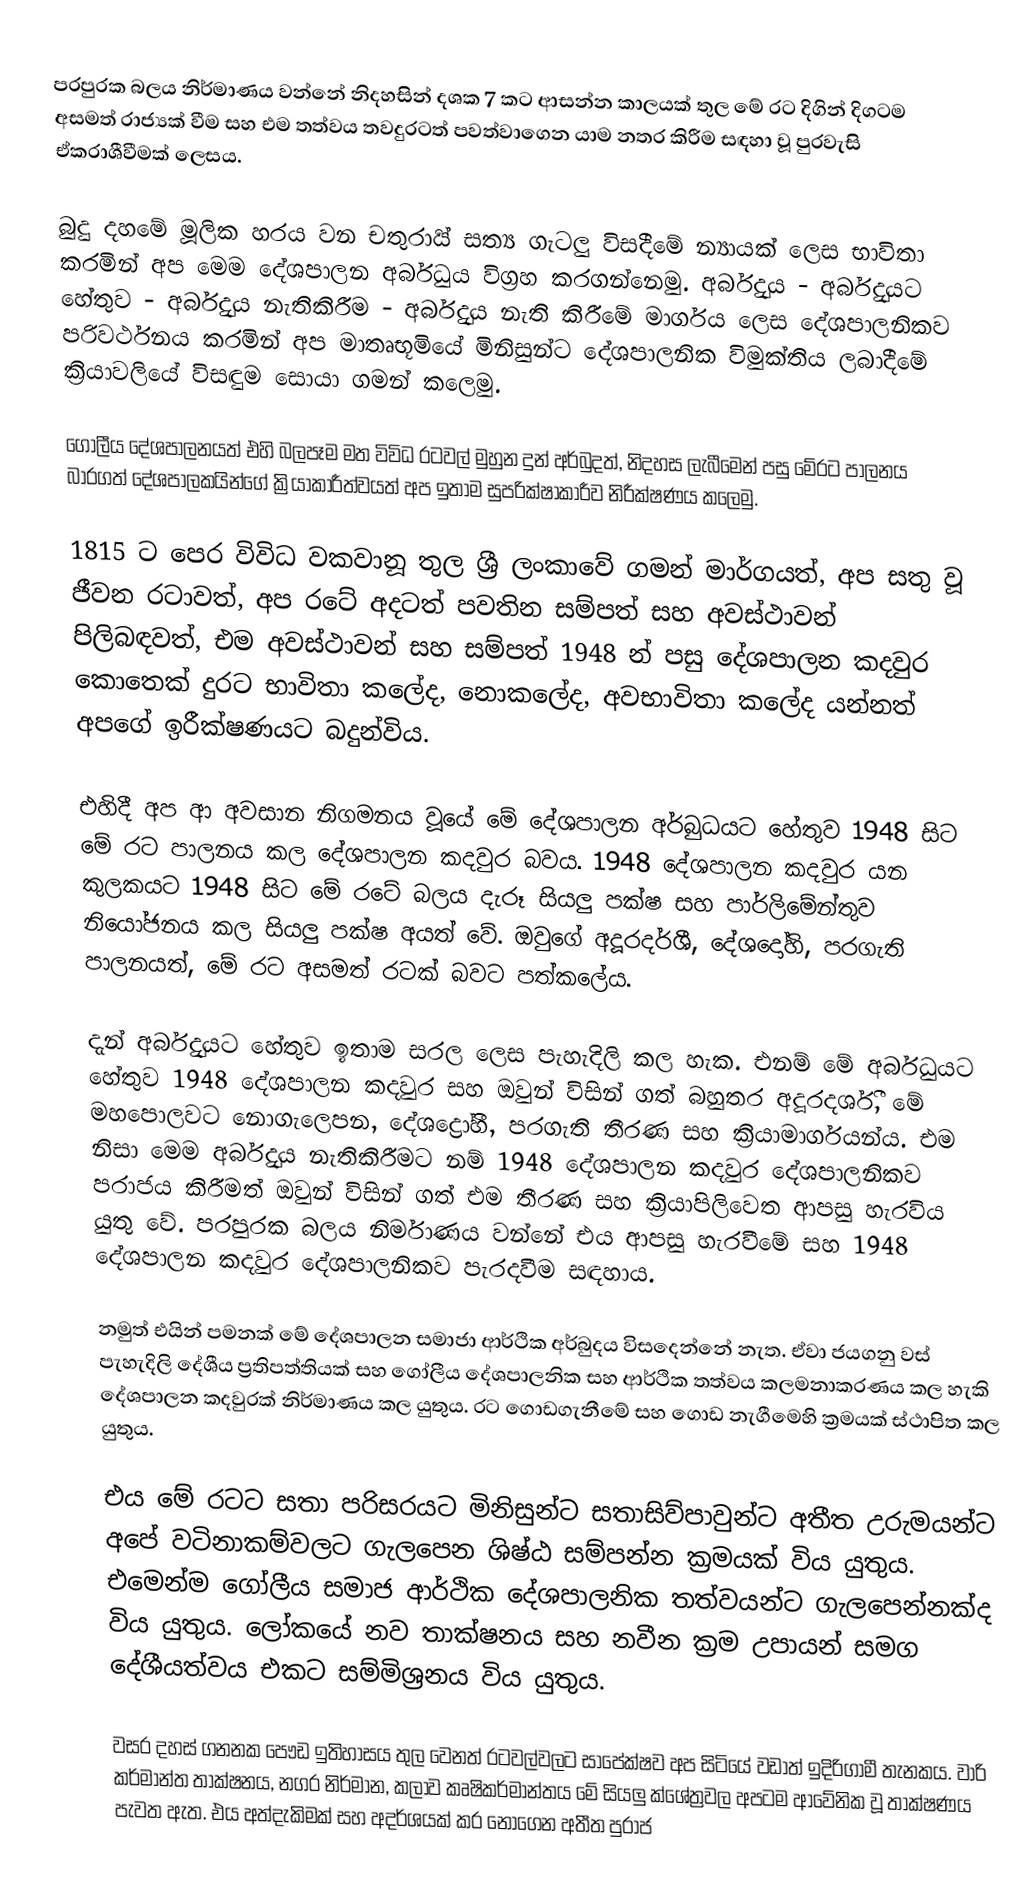
පරපුරක බලය නිර්මාණය වන්නේ නිදහසින් දශක 7 කට ආසන්න කාලයක් තුල මේ රට දිගින් දිගටම අසමත් රාජ්‍යක් වීම සහ එම තත්වය තවදුරටත් පවත්වාගෙන යාම නතර කිරීම සඳහා වූ පුරවැසි ඒකරාශීවීමක් ලෙසය.

බුදු දහමේ මූලික හරය වන චතුරාර්‍ය් සත්‍ය ගැටලු විසදීමේ න්‍යායක් ලෙස භාවිතා කරමින් අප මෙම දේශපාලන අර්බුධය විග්‍රහ කරගන්නෙමු. අර්බුදය - අර්බුදයට හේතුව - අර්බුදය නැතිකිරීම - අර්බුදය නැති කිරීමේ මාර්ගය ලෙස දේශපාලනිකව පරිවර්ථනය කරමින් අප මාතෘභූමියේ මිනිසුන්ට දේශපාලනික විමුක්තිය ලබාදීමේ ක්‍රියාවලියේ විසඳුම සොයා ගමන් කලෙමු.

ගෝලීය දේශපාලනයත් එහි බලපෑම මත විවිධ රටවල් මුහුන දුන් අර්බුදත්, නිදහස ලැබීමෙන් පසු මේරට පාලනය බාරගත් දේශපාලකයින්ගේ ක්‍රියාකාරීත්වයත් අප ඉතාම සුපරික්ෂාකාරීව නිරීක්ෂණය කලෙමු.

1815 ට පෙර විවිධ වකවානූ තුල ශ්‍රී ලංකාවේ ගමන් මාර්ගයත්, අප සතු වූ ජීවන රටාවත්, අප රටේ අදටත් පවතින සම්පත් සහ අවස්ථාවන් පිලිබඳවත්, එම අවස්ථාවන් සහ සම්පත් 1948 න් පසු දේශපාලන කදවුර කොතෙක් දුරට භාවිතා කලේද, නොකලේද, අවභාවිතා කලේද යන්නත් අපගේ ඉරීක්ෂණයට බදුන්විය.

එහිදී අප ආ අවසාන නිගමනය වූයේ මේ දේශපාලන අර්බුධයට හේතුව 1948 සිට මේ රට පාලනය කල දේශපාලන කදවුර බවය. 1948 දේශපාලන කදවුර යන කුලකයට 1948 සිට මේ රටේ බලය දැරූ සියලු පක්ෂ සහ පාර්ලිමේන්තුව නියෝජනය කල සියලු පක්ෂ අයත් වේ. ඔවුගේ අදූරදර්ශී, දේශදෝහි, පරගැති පාලනයත්, මේ රට අසමත් රටක් බවට පත්කලේය.

දැන් අර්බුදයට හේතුව ඉතාම සරල ලෙස පැහැදිලි කල හැක. එනම් මේ අර්බුධයට හේතුව 1948 දේශපාලන කදවුර සහ ඔවුන් විසින් ගත් බහුතර අදූරදර්ශී, මේ මහපොලවට නොගැලෙපන, දේශද්‍රෝහී, පරගැති තීරණ සහ ක්‍රියාමාර්ගයන්ය. එම නිසා මෙම අර්බුදය නැතිකිරීමට නම් 1948 දේශපාලන කදවුර දේශපාලනිකව පරාජය කිරීමත් ඔවුන් විසින් ගත් එම තීරණ සහ ක්‍රියාපිලිවෙත ආපසු හැරවිය යුතු වේ. පරපුරක බලය නිර්මාණය වන්නේ එය ආපසු හැරවීමේ සහ 1948 දේශපාලන කදවුර දේශපාලනිකව පැරදවීම සඳහාය.

නමුත් එයින් පමනක් මේ දේශපාලන සමාජා ආර්ථික අර්බුදය විසදෙන්නේ නැත. ඒවා ජයගනු වස් පැහැදිලි දේශීය ප්‍රතිපත්තියක් සහ ගෝලීය දේශපාලනික සහ ආර්ථික තත්වය කලමනාකරණය කල හැකි දේශපාලන කදවුරක් නිර්මාණය කල යුතුය. රට ගොඩගැනීමේ සහ ගොඩ නැගීමෙහි ක්‍රමයක් ස්ථාපිත කල යුතුය.

එය මේ රටට සතා පරිසරයට මිනිසුන්ට සතාසිව්පාවුන්ට අතීත උරුමයන්ට අපේ වටිනාකම්වලට ගැලපෙන ශිෂ්ඨ සම්පන්න ක්‍රමයක් විය යුතුය. එමෙන්ම ගෝලීය සමාජ ආර්ථික දේශපාලනික තත්වයන්ට ගැලපෙන්නක්ද විය යුතුය. ලෝකයේ නව තාක්ෂනය සහ නවීන ක්‍රම උපායන් සමග දේශීයත්වය එකට සම්මිශ්‍රනය විය යුතුය.

වසර දහස් ගනනක පෞඩ ඉතිහාසය තුල වෙනත් රටවල්වලට සාපේක්ෂව අප සිටියේ වඩාත් ඉදිරිගාමී තැනකය. වාරි කර්මාන්ත තාක්ෂනය, නගර නිර්මාන, කලාව කෘෂිකර්මාන්තය මේ සියලු ක්ශේත්‍රවල අපටම ආවේනික වූ තාක්ෂණය පැවත ඇත. එය අත්දැකිමක් සහ අදර්ශයක් කර නොගෙන අතීත පුරාජ